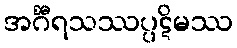
အင်္ဂီရသဿပ္ပဋိမဿ